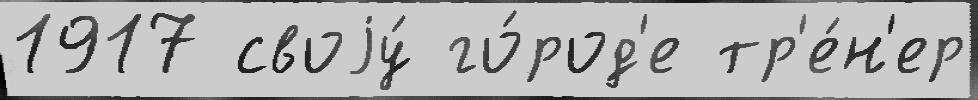
1917 своjу́ го́род'е тр'е́н'ер